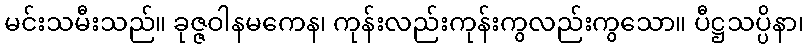
မင်းသမီးသည်။ ခုဇ္ဇဝါနမကေန၊ ကုန်းလည်းကုန်းကွလည်းကွသော။ ပီဋ္ဌသပ္ပိနာ၊